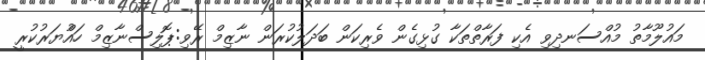
މައުލޫމާތު މުއްސަނދިވި އެކި ފަރާތްތަކާ ގުޅިގެން ވެރިކަން ބަދަލުކުރަން ނާޒިމް ރޭވި:ޕޮލިސްނާޒިމް ހައްުޔަރުކުރީ